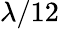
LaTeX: \lambda/12